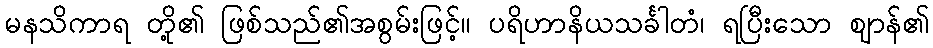
မနသိကာရ တို့၏ ဖြစ်သည်၏အစွမ်းဖြင့်။ ပရိဟာနိယသင်္ခါတံ၊ ရပြီးသော ဈာန်၏